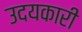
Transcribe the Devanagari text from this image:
उदयकारी